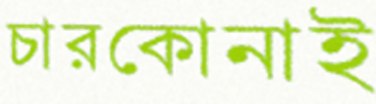
চারকোনাই